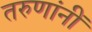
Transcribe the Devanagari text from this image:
तरुणांनीं